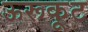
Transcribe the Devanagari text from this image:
ऊरूकूट